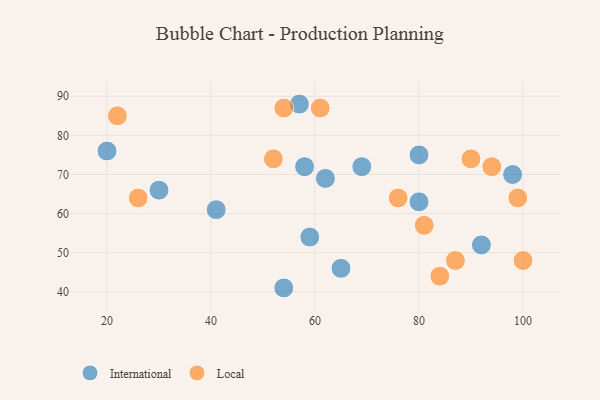
{"axis": {"x": "GDP", "y": "Life Expectancy"}, "legend": ["International", "Local"], "data": [{"x": "59", "y": 54, "type": "International"}, {"x": "57", "y": 88, "type": "International"}, {"x": "58", "y": 72, "type": "International"}, {"x": "80", "y": 75, "type": "International"}, {"x": "54", "y": 41, "type": "International"}, {"x": "69", "y": 72, "type": "International"}, {"x": "62", "y": 69, "type": "International"}, {"x": "80", "y": 63, "type": "International"}, {"x": "65", "y": 46, "type": "International"}, {"x": "20", "y": 76, "type": "International"}, {"x": "98", "y": 70, "type": "International"}, {"x": "92", "y": 52, "type": "International"}, {"x": "30", "y": 66, "type": "International"}, {"x": "41", "y": 61, "type": "International"}, {"x": "81", "y": 57, "type": "Local"}, {"x": "54", "y": 87, "type": "Local"}, {"x": "76", "y": 64, "type": "Local"}, {"x": "90", "y": 74, "type": "Local"}, {"x": "100", "y": 48, "type": "Local"}, {"x": "61", "y": 87, "type": "Local"}, {"x": "87", "y": 48, "type": "Local"}, {"x": "94", "y": 72, "type": "Local"}, {"x": "22", "y": 85, "type": "Local"}, {"x": "99", "y": 64, "type": "Local"}, {"x": "26", "y": 64, "type": "Local"}, {"x": "52", "y": 74, "type": "Local"}, {"x": "84", "y": 44, "type": "Local"}]}